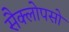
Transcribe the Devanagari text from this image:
सैक्लोपसो